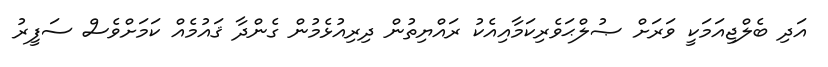
އަދި ބެލްޖިއަމަކީ ވަރަށް ޞުލްޙަވެރިކަމާއިއެކު ރައްޔިތުން ދިރިއުޅެމުން ގެންދާ ޤައުމެއް ކަމަށްވެސް ސަފީރު